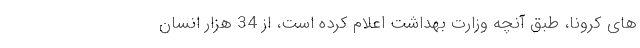
های کرونا، طبق آنچه وزارت بهداشت اعلام کرده است، از 34 هزار انسان